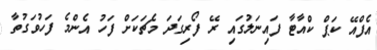
އެފްއޭ ކަޕް ކްއާޓާ ފައިނަލުގައި ރޭ ފޯރިގަދަ މެޗަކަށް ފަހު އެންމެ ފަހުވަގުތާ